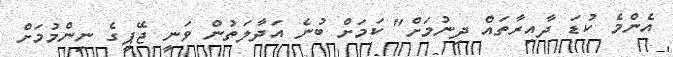
އެންމެ ކުޑަ ދާއިރާތައް ދިނުމަށް" ކަމަށް ބުނެ އަދާލަތުން ވަނީ ޖޭޕީގެ ނިންމުމަށް